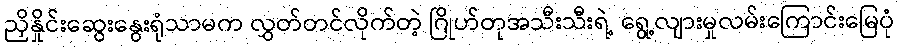
ညှိနှိုင်းဆွေးနွေးရုံသာမက လွှတ်တင်လိုက်တဲ့ ဂြိုဟ်တုအသီးသီးရဲ့ ရွေ့လျားမှုလမ်းကြောင်းမြေပုံ